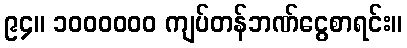
၉၄။ ၁၀၀၀၀၀၀ ကျပ်တန်ဘဏ်ငွေစာရင်း။